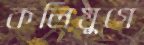
কলিযুগে